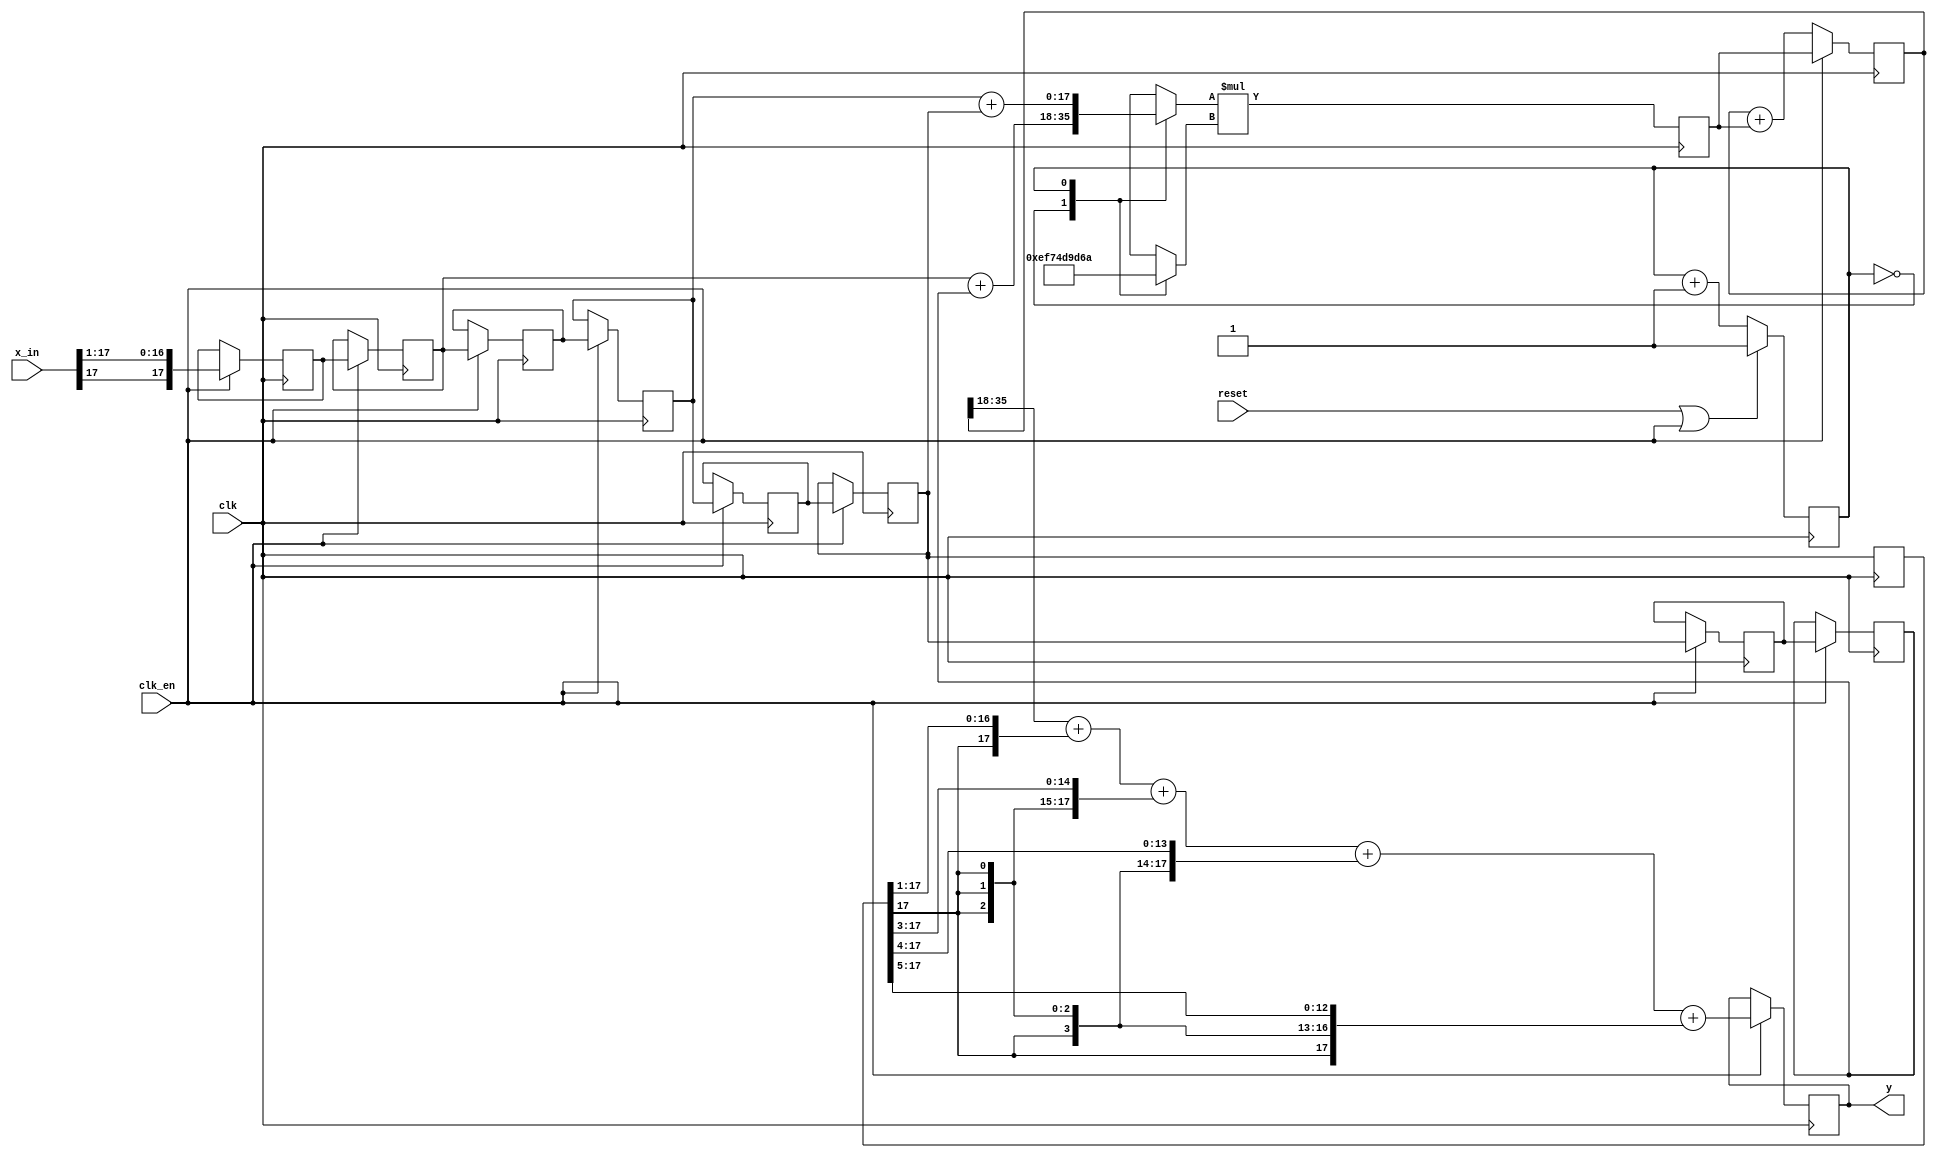
module half_band_filter_1(
        input clk,
        input clk_en,
		input reset,
		input signed [17:0] x_in,
		output reg signed [17:0] y 
);
reg signed [17:0] b,b1;
reg signed [17:0] x[8:0];
reg signed [35:0] mult_out,mult_acc;
reg signed [17:0] sum_1, sum_2,mult_in,mult_val;
reg count;
integer i;
always @ (posedge clk)
if(reset||clk_en)
count <= 1'b1;
else
count <= count + 1'b1;



always @ (posedge clk)
if(clk_en)
x[0] <= {x_in[17],x_in[17:1]};

always @ (posedge clk)
if(clk_en)
for(i = 1; i < 9; i = i +1)
x[i]<= x[i-1];

always @ *
sum_1 <= x[1]+x[7];

always @ *
sum_2 <= x[3]+x[5];

always @ *
case(count)
1'b0: mult_in <= sum_1;
1'b1: mult_in <= sum_2;
endcase

always @ *
case(count)
1'b0: mult_val <= b;
1'b1: mult_val <= b1;
endcase


always @ (posedge clk)
mult_out <= mult_in*mult_val;

always @ (posedge clk)
if(clk_en)
mult_acc <= mult_out;
else
mult_acc <= mult_acc + mult_out;


always @ *
b <= -18'sd16941;

always @ *
b1 <= 18'sd105834;

reg signed [17:0] peak_delay;
always @ (posedge clk)
peak_delay <= x[5];

always @ (posedge clk)
if(clk_en)
y <= mult_acc[35:18] + $signed({peak_delay[17],peak_delay[17:1]})+$signed({{3{peak_delay[17]}},peak_delay[17:3]})+$signed({{4{peak_delay[17]}},peak_delay[17:4]})+$signed({{5{peak_delay[17]}},peak_delay[17:5]});






endmodule